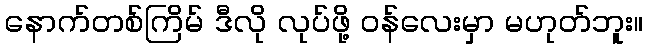
နောက်တစ်ကြိမ် ဒီလို လုပ်ဖို့ ဝန်လေးမှာ မဟုတ်ဘူး။